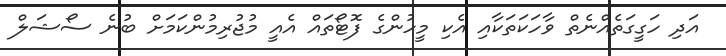
އަދި ހަގީގަތެއްނެތް ވާހަކަތަކާއި އެކި މީހުންގެ ފޮޓޯތައް އެއީ މުޖުރިމުންކަމަށް ބުނެ ސޯޝަލް